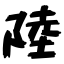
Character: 陸